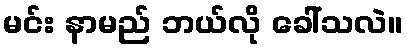
မင်း နာမည် ဘယ်လို ခေါ်သလဲ။